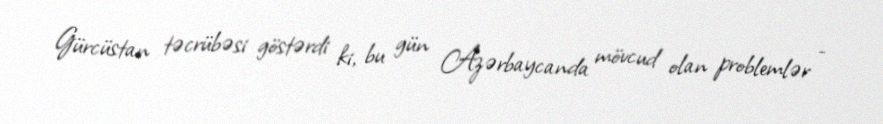
Gürcüstan təcrübəsi göstərdi ki, bu gün Azərbaycanda mövcud olan problemlər -